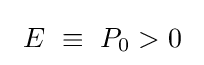
~E~\equiv ~P_{0}>0~